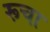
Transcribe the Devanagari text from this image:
रूचा